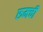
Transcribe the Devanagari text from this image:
रुमची